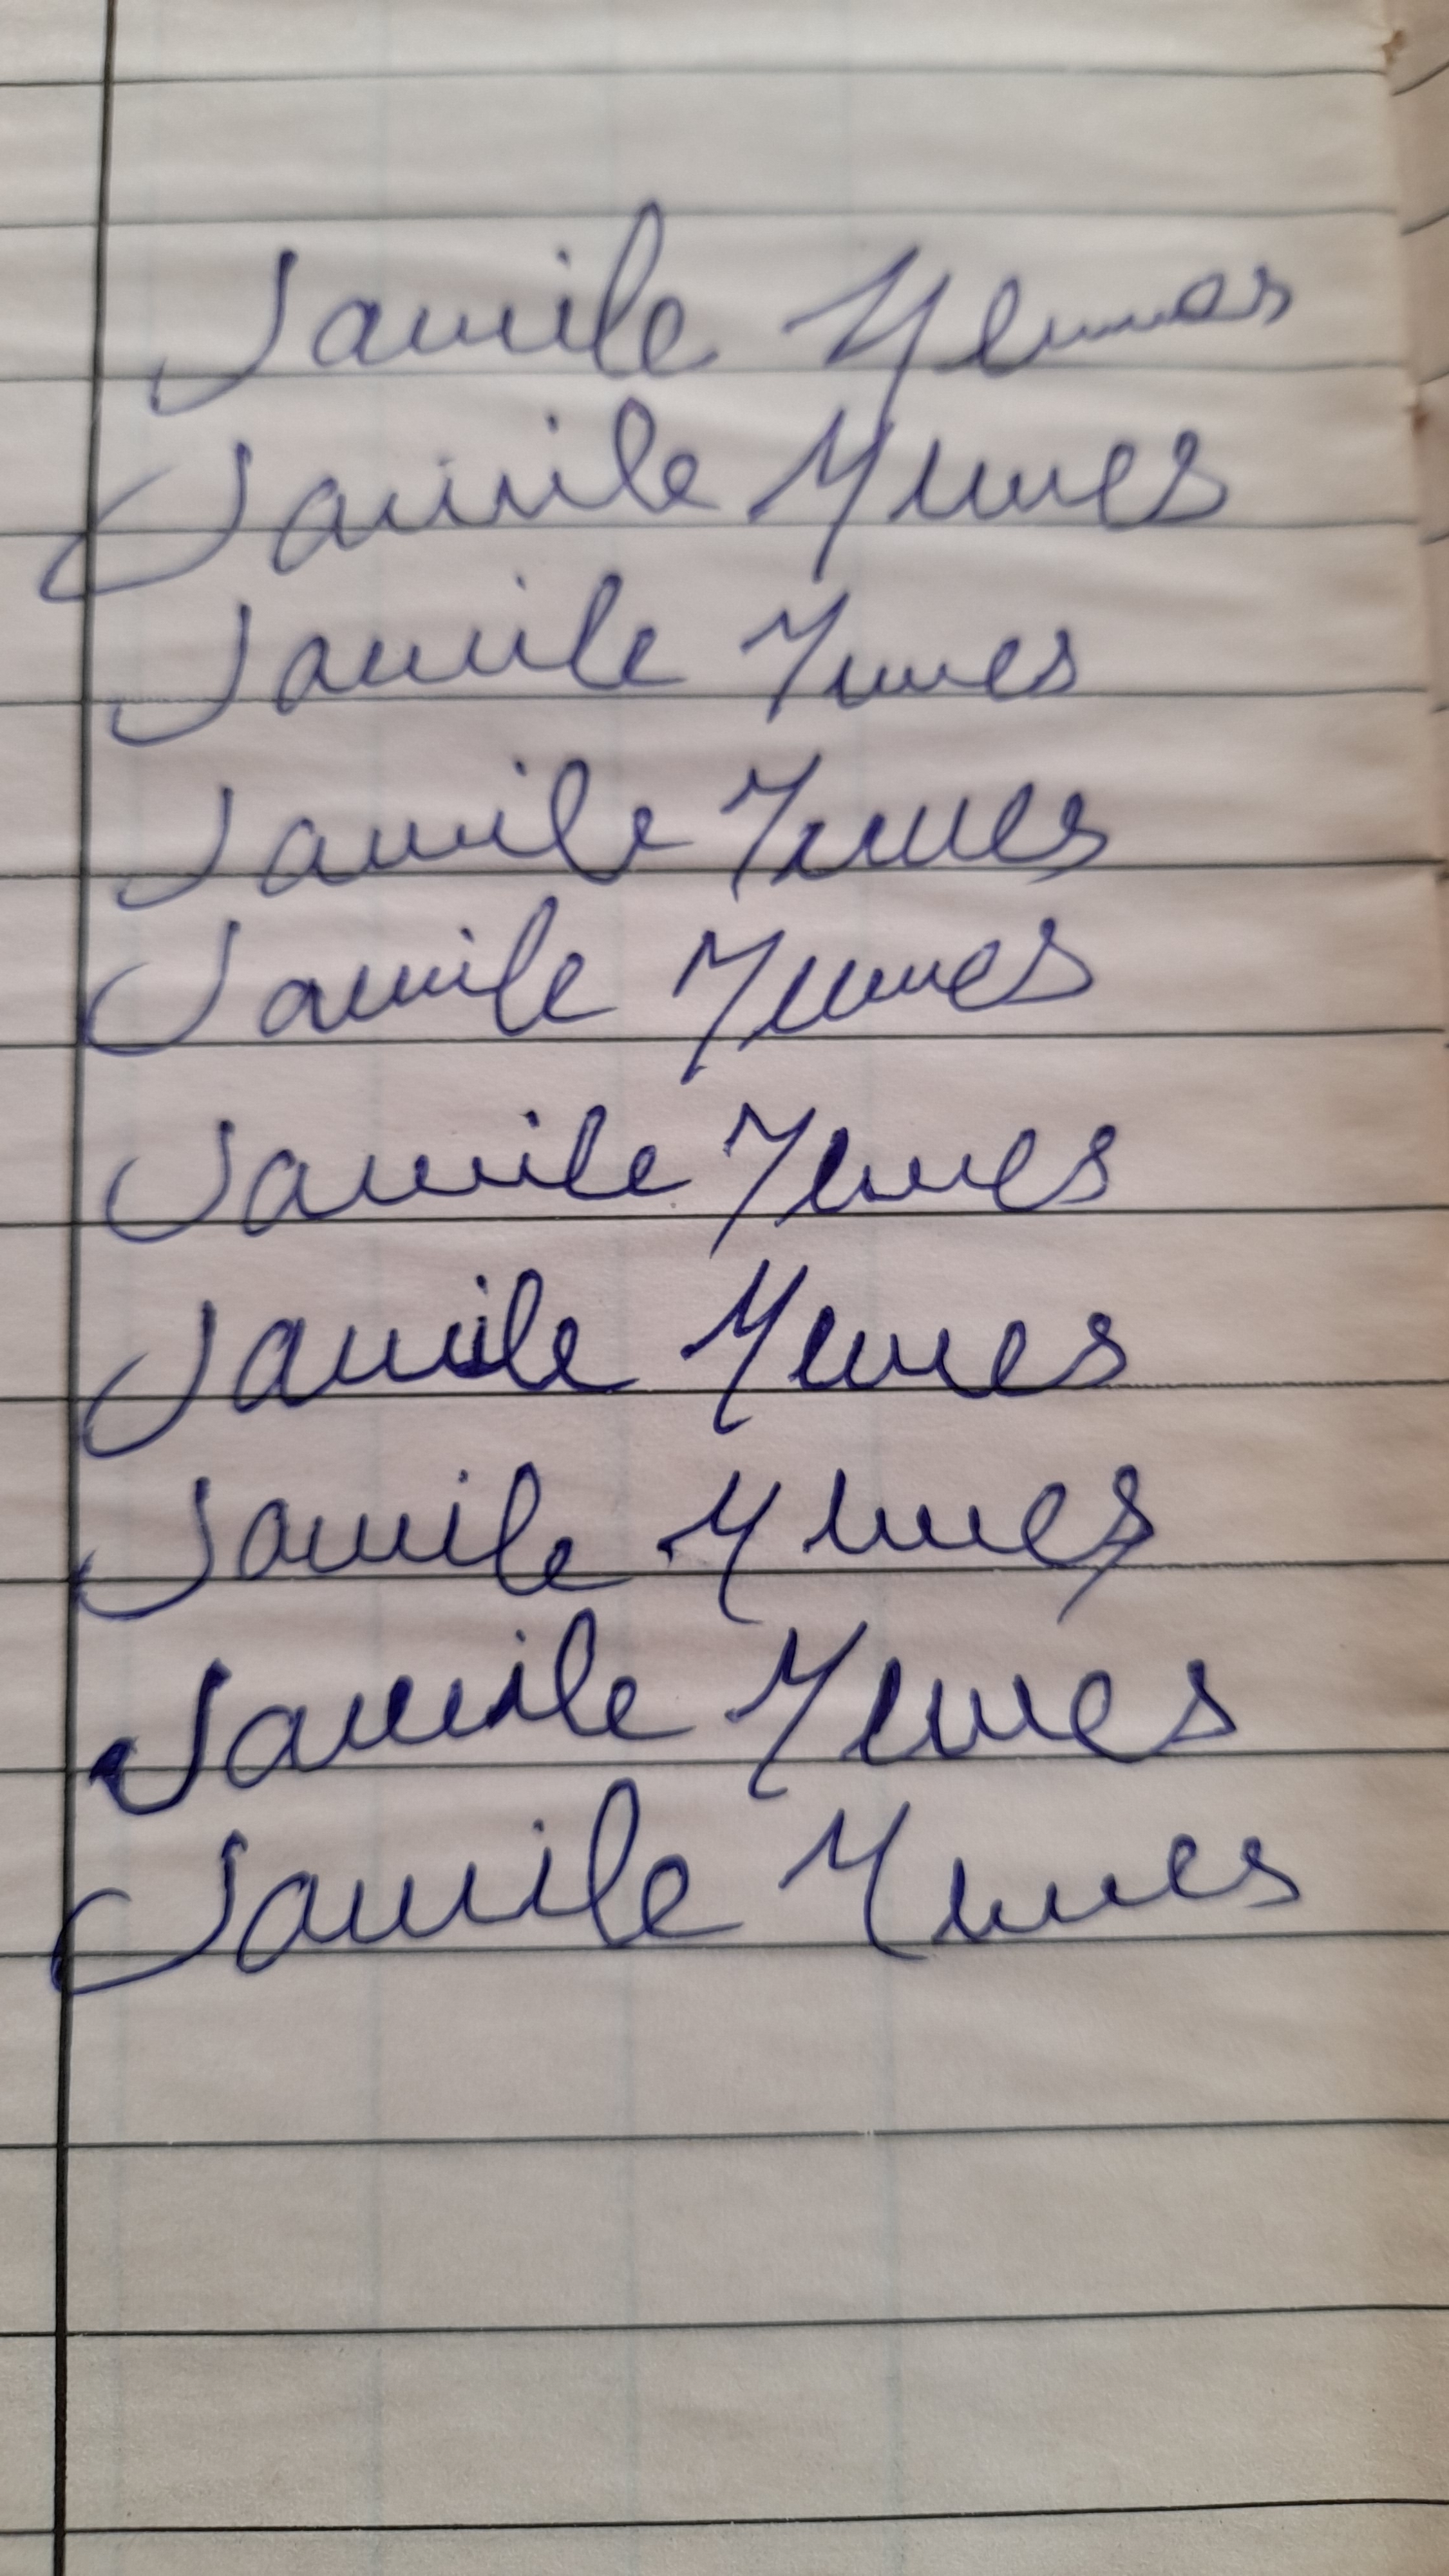
Signature authenticity: forged